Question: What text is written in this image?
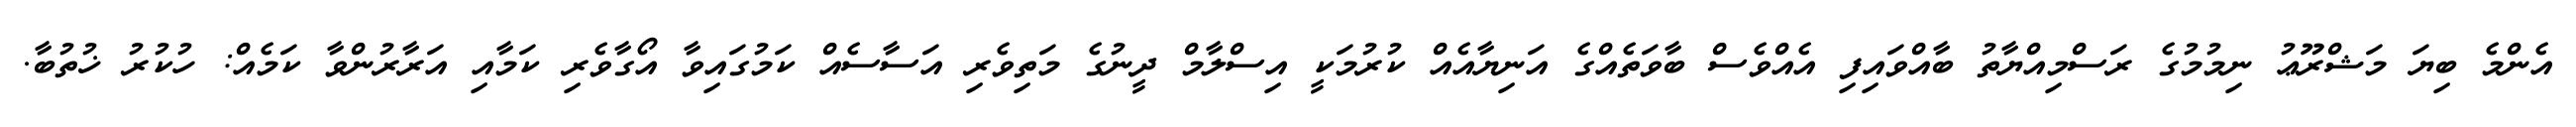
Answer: އެންމެ ބިޔަ މަޝްރޫޢު ނިމުމުގެ ރަސްމިއްޔާތު ބާއްވައިފި އެއްވެސް ބާވަތެއްގެ އަނިޔާއެއް ކުރުމަކީ އިސްލާމް ދީނުގެ މަތިވެރި އަސާސެއް ކަމުގައިވާ އޯގާވެރި ކަމާއި އަރާރުންވާ ކަމެއް: ހުކުރު ޚުތުބާ.